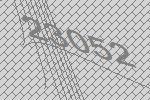
23052